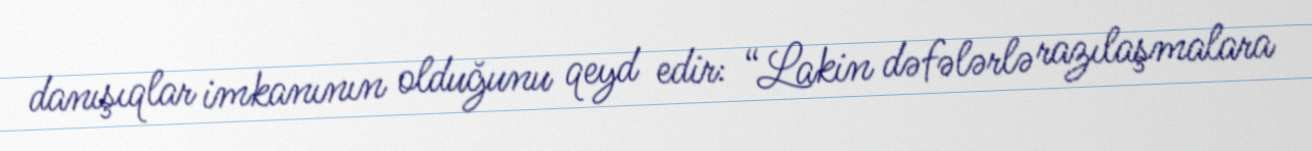
danışıqlar imkanının olduğunu qeyd edir: “Lakin dəfələrlə razılaşmalara